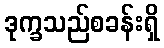
ဒုက္ခသည်စခန်းရှိ